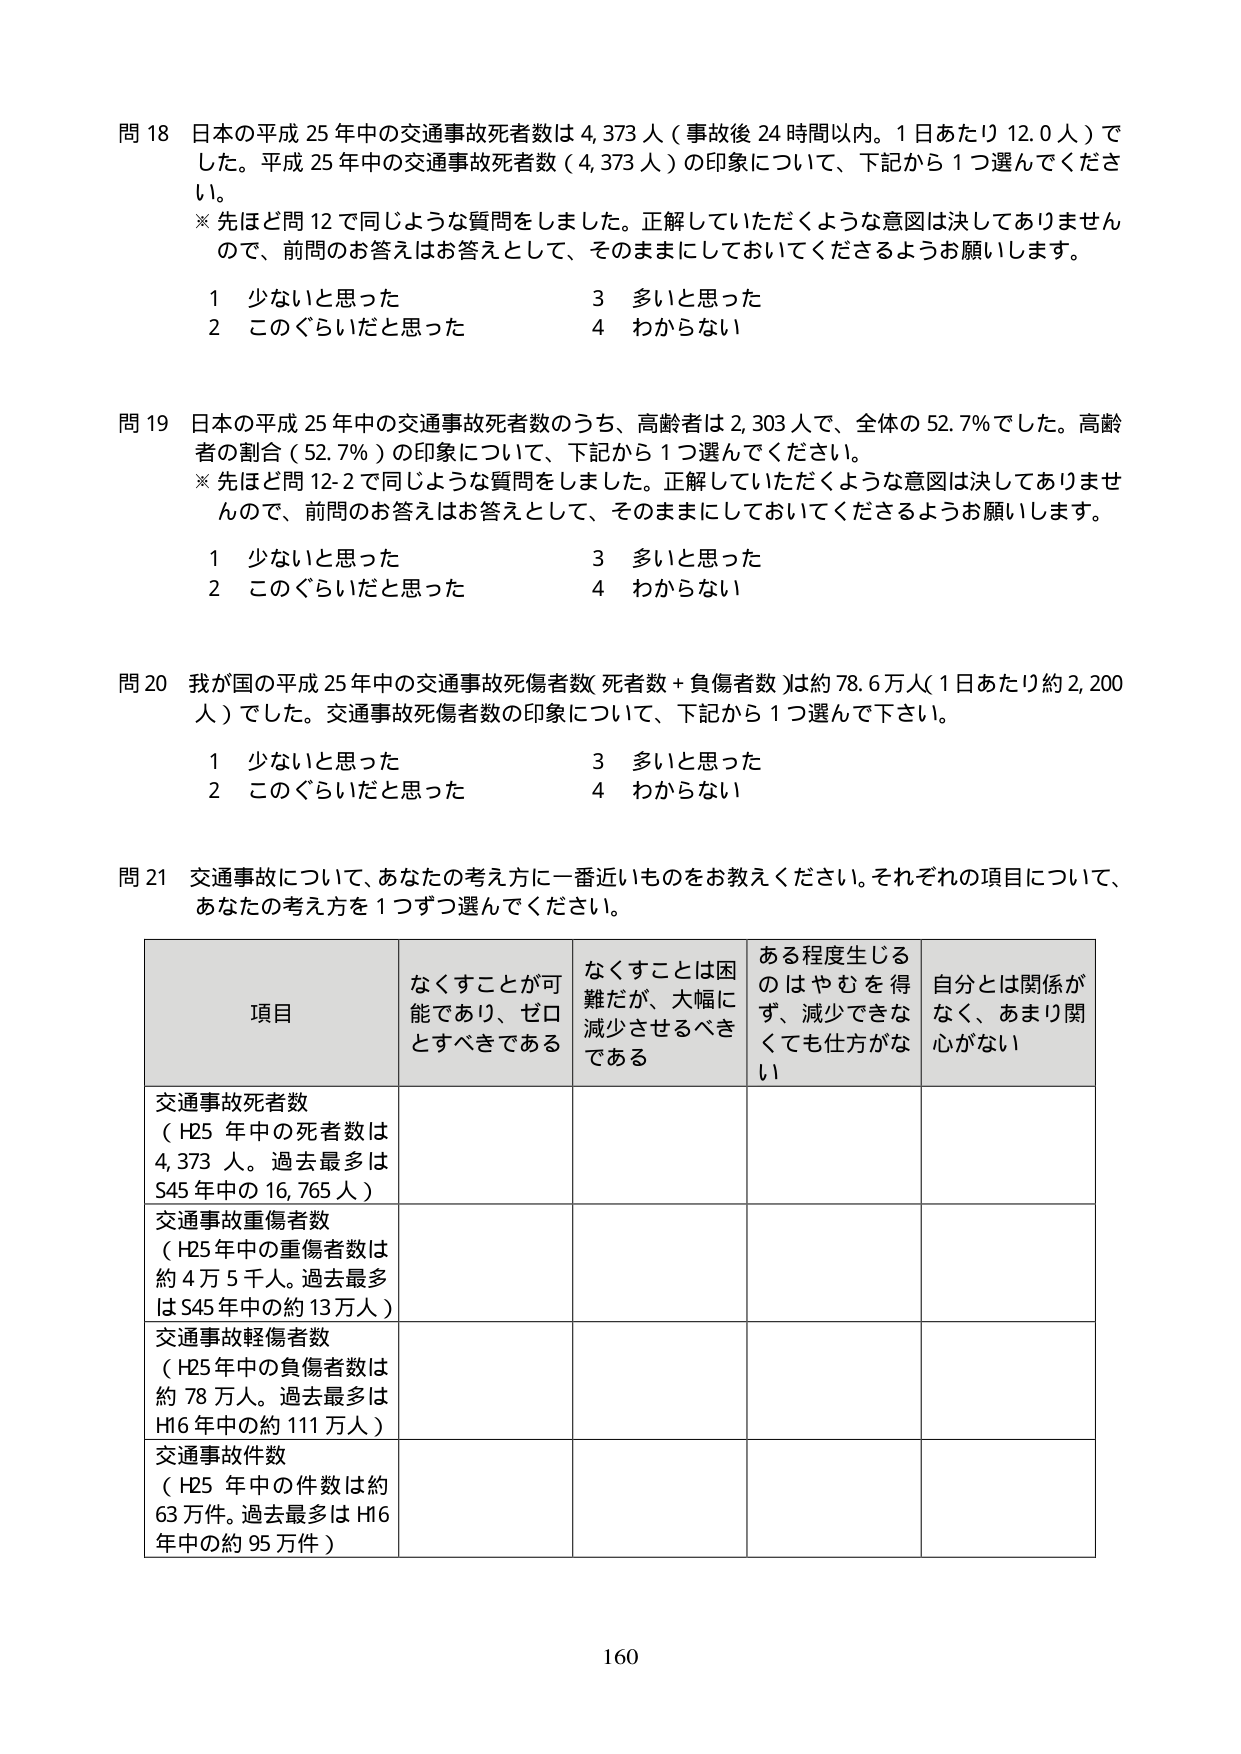
問 18 日本の平成 25 年中の交通事故死者数は 4,373 人（事故後 24 時間以内。1 日あたり 12.0 人）でした。平成 25 年中の交通事故死者数（4,373 人）の印象について、下記から 1 つ選んでください。

※ 先ほど問 12 で同じような質問をしました。正解していただくような意図は決してありませんので、前問のお答えはお答えとして、そのままにしておいてくださるようお願いします。

1 少ないと思った
2 このぐらいだと思った
3 多いと思った
4 わからない

問 19 日本の平成 25 年中の交通事故死者数のうち、高齢者は 2,303 人で、全体の 52.7％でした。高齢者の割合（52.7％）の印象について、下記から 1 つ選んでください。

※ 先ほど問 12-2 で同じような質問をしました。正解していただくような意図は決してありませんので、前問のお答えはお答えとして、そのままにしておいてくださるようお願いします。

1 少ないと思った
2 このぐらいだと思った
3 多いと思った
4 わからない

問 20 我が国の平成 25 年中の交通事故死傷者数（死者数＋負傷者数）は約 78.6 万人（1 日あたり約 2,200 人）でした。交通事故死傷者数の印象について、下記から 1 つ選んで下さい。

1 少ないと思った
2 このぐらいだと思った
3 多いと思った
4 わからない

問 21 交通事故について、あなたの考え方にお近いものをお教えください。それぞれの項目について、あなたの考え方を 1 つずつ選んでください。

| 項目 | なくすことが可能であり、ゼロとすべきである | なくすことは困難だが、大幅に減少させるべきである | ある程度生じるのはやむを得ず、減少できなくても仕方がない | 自分とは関係がなく、あまり関心がない |
|------|---------------------------------------------|---------------------------------------------|---------------------------------------------|---------------------------------------------|
| 交通事故死者数（H25 年中の死者数は 4,373 人。過去最多は S45 年中の 16,765 人） | | | | |
| 交通事故重傷者数（H25 年中の重傷者数は 約 4 万 5 千人。過去最多は S45 年中の約 13 万人） | | | | |
| 交通事故軽傷者数（H25 年中の負傷者数は 約 78 万人。過去最多は H16 年中の約 111 万人） | | | | |
| 交通事故件数（H25 年中の件数は 約 63 万件。過去最多は H16 年中の約 95 万件） | | | | |

160